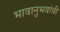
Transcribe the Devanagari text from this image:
भावानुभवांची